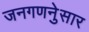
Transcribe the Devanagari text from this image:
जनगणनेुसार